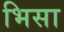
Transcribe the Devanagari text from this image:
भिसा